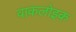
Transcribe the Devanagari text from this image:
वाकलोइक